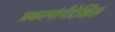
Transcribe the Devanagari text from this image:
प्रकल्पांनीदेखिल